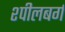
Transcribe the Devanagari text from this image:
श्पीलबर्ग